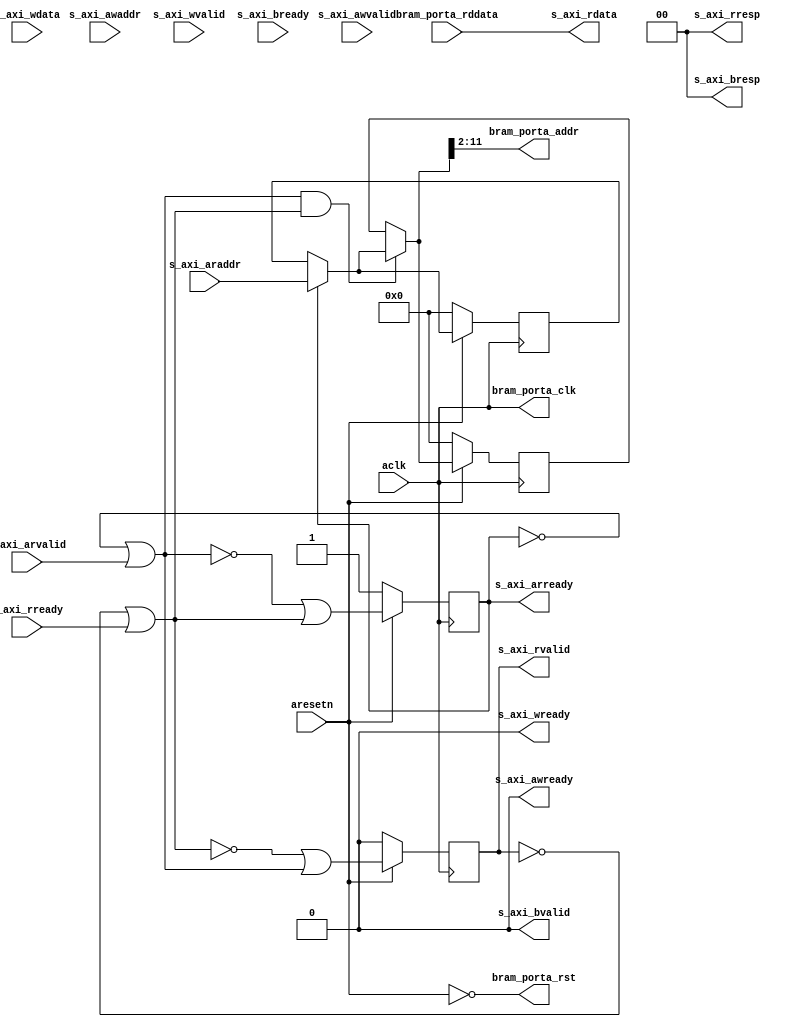
module axi_bram_reader #
(
  parameter integer AXI_DATA_WIDTH = 32,
  parameter integer AXI_ADDR_WIDTH = 16,
  parameter integer BRAM_DATA_WIDTH = 32,
  parameter integer BRAM_ADDR_WIDTH = 10
)
(
  // System signals
  input  wire                       aclk,
  input  wire                       aresetn,

  // Slave side
  input  wire [AXI_ADDR_WIDTH-1:0]  s_axi_awaddr,  // AXI4-Lite slave: Write address
  input  wire                       s_axi_awvalid, // AXI4-Lite slave: Write address valid
  output wire                       s_axi_awready, // AXI4-Lite slave: Write address ready
  input  wire [AXI_DATA_WIDTH-1:0]  s_axi_wdata,   // AXI4-Lite slave: Write data
  input  wire                       s_axi_wvalid,  // AXI4-Lite slave: Write data valid
  output wire                       s_axi_wready,  // AXI4-Lite slave: Write data ready
  output wire [1:0]                 s_axi_bresp,   // AXI4-Lite slave: Write response
  output wire                       s_axi_bvalid,  // AXI4-Lite slave: Write response valid
  input  wire                       s_axi_bready,  // AXI4-Lite slave: Write response ready
  input  wire [AXI_ADDR_WIDTH-1:0]  s_axi_araddr,  // AXI4-Lite slave: Read address
  input  wire                       s_axi_arvalid, // AXI4-Lite slave: Read address valid
  output wire                       s_axi_arready, // AXI4-Lite slave: Read address ready
  output wire [AXI_DATA_WIDTH-1:0]  s_axi_rdata,   // AXI4-Lite slave: Read data
  output wire [1:0]                 s_axi_rresp,   // AXI4-Lite slave: Read data response
  output wire                       s_axi_rvalid,  // AXI4-Lite slave: Read data valid
  input  wire                       s_axi_rready,  // AXI4-Lite slave: Read data ready

  // BRAM port
  output wire                       bram_porta_clk,
  output wire                       bram_porta_rst,
  output wire [BRAM_ADDR_WIDTH-1:0] bram_porta_addr,
  input  wire [BRAM_DATA_WIDTH-1:0] bram_porta_rddata
);

  function integer clogb2 (input integer value);
    for(clogb2 = 0; value > 0; clogb2 = clogb2 + 1) value = value >> 1;
  endfunction

  localparam integer ADDR_LSB = clogb2(AXI_DATA_WIDTH/8 - 1);

  reg [AXI_ADDR_WIDTH-1:0] int_araddr_reg, int_araddr_next;
  reg int_arready_reg, int_arready_next;
  reg [AXI_ADDR_WIDTH-1:0] int_addr_reg, int_addr_next;
  reg int_rvalid_reg, int_rvalid_next;

  wire int_ardone_wire, int_rdone_wire;
  wire [AXI_ADDR_WIDTH-1:0] int_araddr_wire;
  wire [AXI_ADDR_WIDTH-1:0] int_addr_wire;

  always @(posedge aclk)
  begin
    if(~aresetn)
    begin
      int_araddr_reg <= {(AXI_ADDR_WIDTH){1'b0}};
      int_arready_reg <= 1'b1;
      int_addr_reg <= {(AXI_ADDR_WIDTH){1'b0}};
      int_rvalid_reg <= 1'b0;
    end
    else
    begin
      int_araddr_reg <= int_araddr_next;
      int_arready_reg <= int_arready_next;
      int_addr_reg <= int_addr_next;
      int_rvalid_reg <= int_rvalid_next;
    end
  end

  assign int_ardone_wire = ~int_arready_reg | s_axi_arvalid;
  assign int_rdone_wire = ~int_rvalid_reg | s_axi_rready;

  assign int_araddr_wire = int_arready_reg ? s_axi_araddr : int_araddr_reg;
  assign int_addr_wire = (int_ardone_wire & int_rdone_wire) ? int_araddr_wire : int_addr_reg;

  always @*
  begin
    int_araddr_next = int_araddr_reg;
    int_arready_next = ~int_ardone_wire | int_rdone_wire;
    int_addr_next = int_addr_reg;
    int_rvalid_next = ~int_rdone_wire | int_ardone_wire;

    if(int_arready_reg)
    begin
      int_araddr_next = s_axi_araddr;
    end

    if(int_ardone_wire & int_rdone_wire)
    begin
      int_addr_next = int_araddr_wire;
    end
  end

  assign s_axi_awready = 1'b0;
  assign s_axi_wready = 1'b0;
  assign s_axi_bresp = 2'd0;
  assign s_axi_bvalid = 1'b0;
  assign s_axi_arready = int_arready_reg;
  assign s_axi_rdata = bram_porta_rddata;
  assign s_axi_rresp = 2'd0;
  assign s_axi_rvalid = int_rvalid_reg;

  assign bram_porta_clk = aclk;
  assign bram_porta_rst = ~aresetn;
  assign bram_porta_addr = int_addr_wire[ADDR_LSB+BRAM_ADDR_WIDTH-1:ADDR_LSB];

endmodule